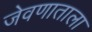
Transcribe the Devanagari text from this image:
जेवणाताला